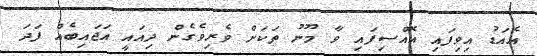
އެއަޑު އިވިފައި އޮއްސިފައި ވާ މޫނު ތަކަށް ވެރިވެގެން ދިއައީ އަޖައިބެއް ފަދަ